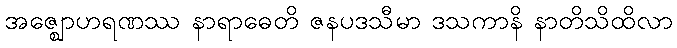
အဇ္ဈောဟရဏဿ နာရာဓေတိ ဇနပဒသီမာ ဒသကာနိ နာတိသိထိလာ